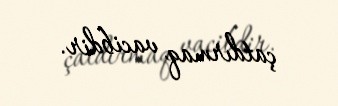
çatdırmaq vacibdir.